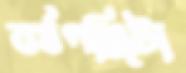
বর্ষপঞ্জিটা